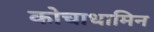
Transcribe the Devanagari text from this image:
कोचाधामिन